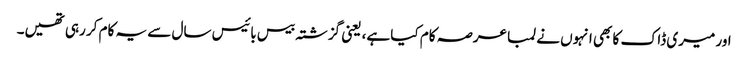
اور میری ڈاک کا بھی انہوں نے لمبا عرصہ کام کیا ہے، یعنی گزشتہ بیس بائیس سال سے یہ کام کر رہی تھیں۔